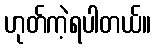
ဟုတ်ကဲ့ရပါတယ်။